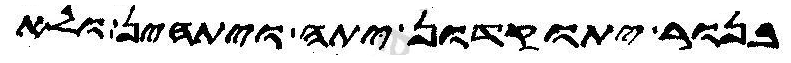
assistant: בנור יתוקדון יתה ויתהין ולא